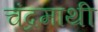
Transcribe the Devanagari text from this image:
चंद्रमाथी